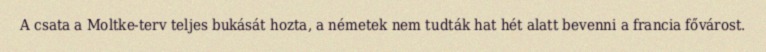
A csata a Moltke-terv teljes bukását hozta, a németek nem tudták hat hét alatt bevenni a francia fővárost.